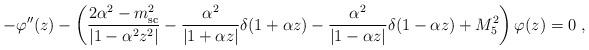
LaTeX: \begin{align*}-\varphi '' (z) - \left(\frac{2\alpha ^2 - m_{\rm sc}^2}{|1 - \alpha^2 z^2 |}- \frac{\alpha ^2}{|1 + \alpha z |}\delta (1 + \alpha z) - \frac{\alpha ^2}{|1 - \alpha z |} \delta (1-\alpha z)+ M_5^2 \right)\varphi (z) =0~, \end{align*}